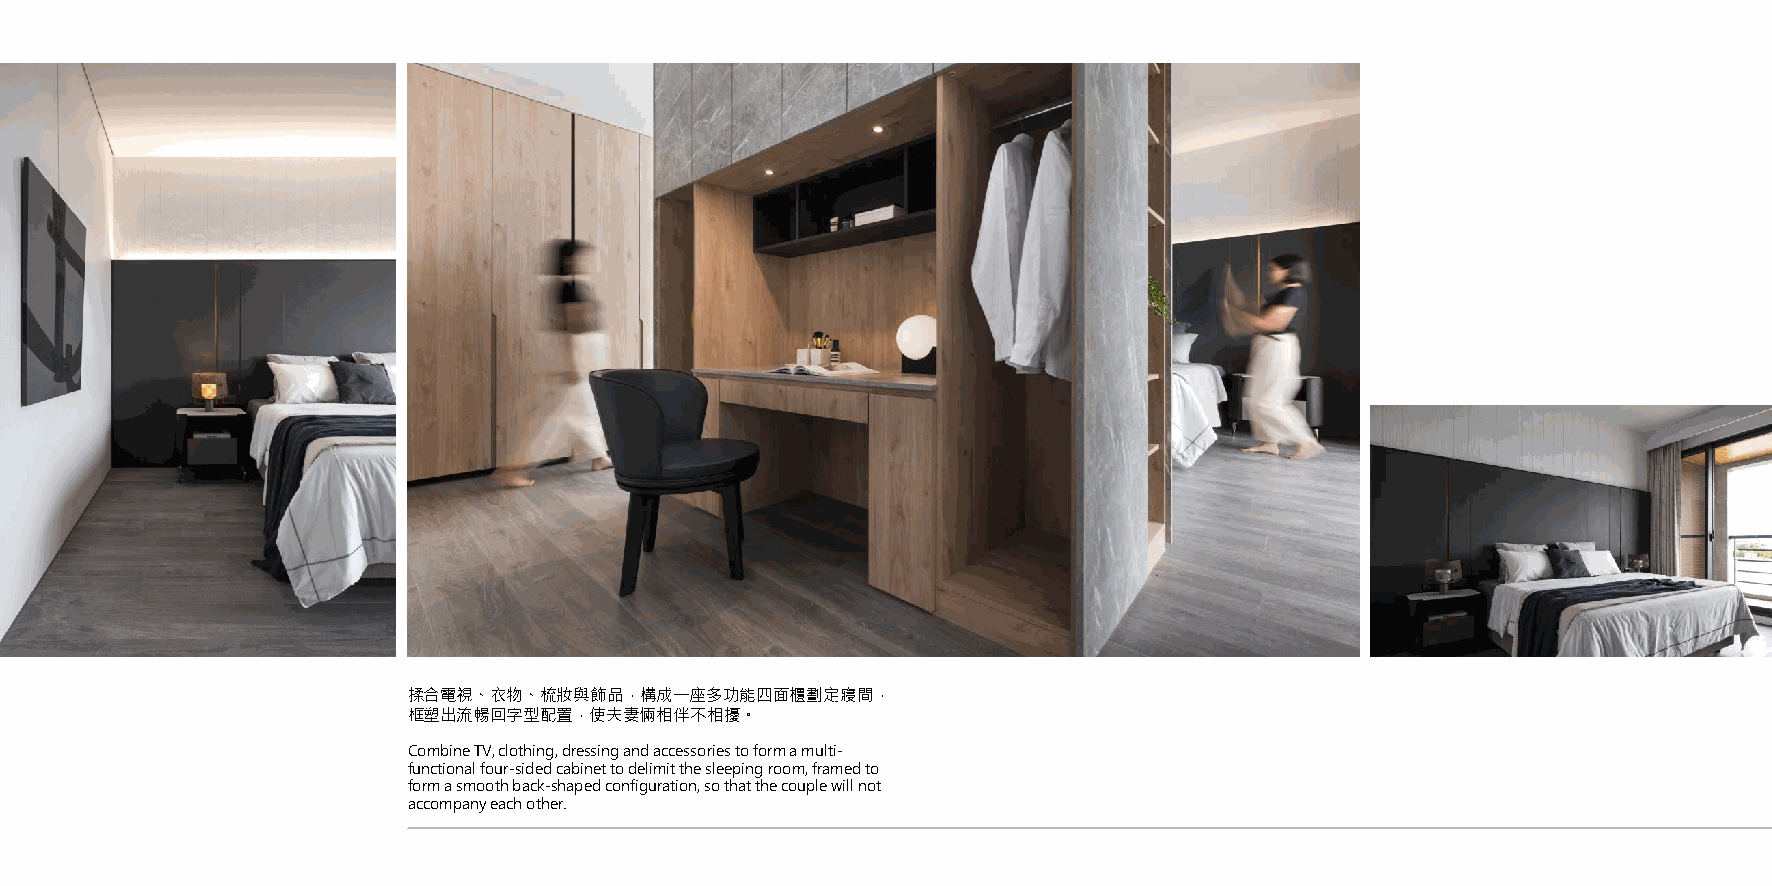
揉合電視、衣物、梳妝與飾品，構成一座多功能四面櫃劃定寢間，
 框塑出流暢回字型配置，使夫妻倆相伴不相擾。
 Combine TV, clothing, dressing and accessories to form a multi-
 functional four-sided cabinet to delimit the sleeping room, framed to
 form a smooth back-shaped configuration, so that the couple will not
 accompany each other.